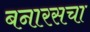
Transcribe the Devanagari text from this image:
बनारसचा